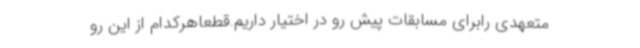
متعهدی رابرای مسابقات پیش رو در اختیار داریم.قطعاهرکدام از این رو